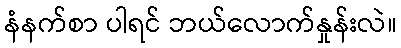
နံနက်စာ ပါရင် ဘယ်လောက်နှုန်းလဲ။